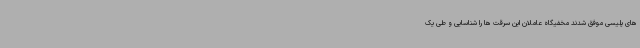
های پلیسی موفق شدند مخفیگاه عاملان این سرقت ها را شناسایی و طی یک